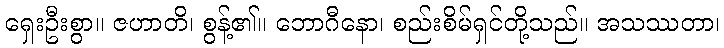
ရှေးဦးစွာ။ ဇဟာတိ၊ စွန့်၏။ ဘောဂီနော၊ စည်းစိမ်ရှင်တို့သည်။ အသဿတာ၊